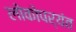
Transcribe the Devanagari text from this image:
लोकोपर्यंत